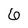
Character: 6